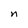
Character: n